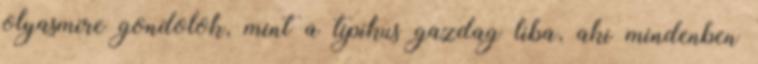
olyasmire gondolok, mint a tipikus gazdag liba, aki mindenben